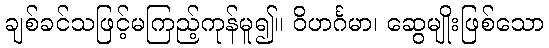
ချစ်ခင်သဖြင့်မကြည့်ကုန်မူ၍။ ဝိဟင်္ဂမာ၊ ဆွေမျိုးဖြစ်သော